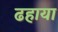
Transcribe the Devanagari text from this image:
ढहाया